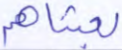
بعثناهم